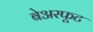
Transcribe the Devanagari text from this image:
बेअरफूट